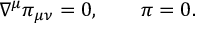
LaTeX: \nabla ^ { \mu } \pi _ { \mu \nu } = 0 , \qquad \pi = 0 .